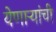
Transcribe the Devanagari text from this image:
येणार्‍यांची